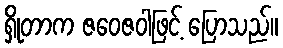
ရှိုတာက ဇဝေဇဝါဖြင့် ပြောသည်။